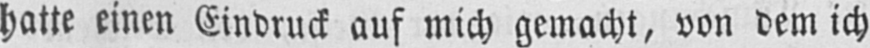
hatte einen Eindruck auf mich gemacht, von dem ich